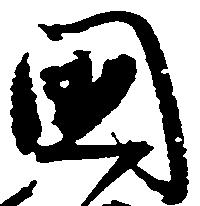
国